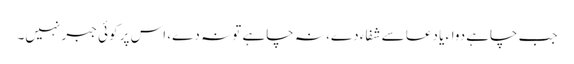
جب چاہے دواء یا دعا سے شفاء دے، نہ چاہے تو نہ دے، اس پر کوئی جبر نہیں۔